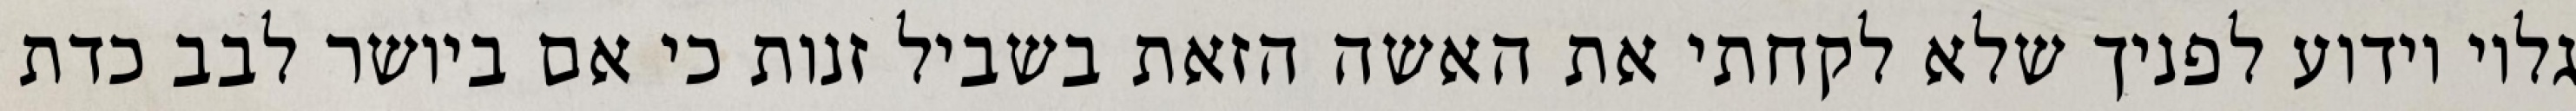
גלוי וידוע לפניך שלא לקחתי את האשה הזאת בשביל זנות כי אם ביושר לבב כדת